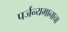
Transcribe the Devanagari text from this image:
पर्जन्यमानाचा